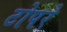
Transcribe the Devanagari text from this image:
टोपरे